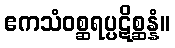
ဧကသံဝစ္ဆရပ္ပဋိစ္ဆန္နံ။